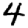
Digit: 4